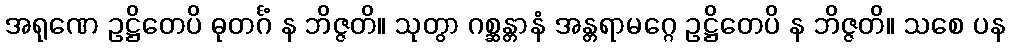
အရုဏေ ဥဋ္ဌိတေပိ ဓုတင်္ဂံ န ဘိဇ္ဇတိ။ သုတွာ ဂစ္ဆန္တာနံ အန္တရာမဂ္ဂေ ဥဋ္ဌိတေပိ န ဘိဇ္ဇတိ။ သစေ ပန